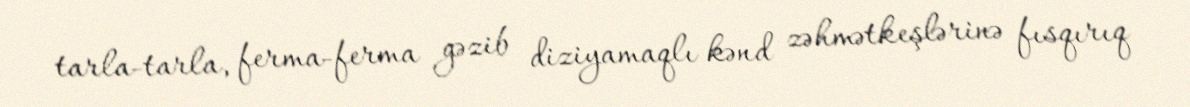
tarla-tarla, ferma-ferma gəzib diziyamaqlı kənd zəhmətkeşlərinə fısqırıq